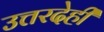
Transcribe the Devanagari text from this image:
उत्तरदेही